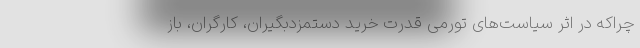
چراکه در اثر سیاست‌های تورمی قدرت خرید دستمزدبگیران، کارگران، باز